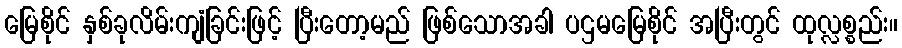
မြေစိုင် နှစ်ခုလိမ်းကျံခြင်းဖြင့် ပြီးတော့မည် ဖြစ်သောအခါ ပဌမမြေစိုင် အပြီးတွင် ထုလ္လစ္စည်း။